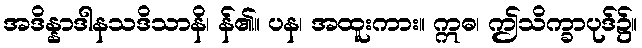
အဒိန္နာဒါနသဒိသာနိ၊ န်၏။ ပန၊ အထူးကား။ ဣဓ၊ ဤသိက္ခာပုဒ်၌။